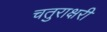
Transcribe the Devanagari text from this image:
चतुराक्षरी